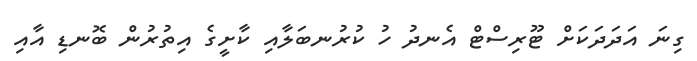
ގިނަ އަދަދަކަށް ޓޫރިސްޓް އެނދު ހު ކުރުނބަލާއި ކާށީގެ އިތުރުން ބޮނޑި އާއި